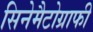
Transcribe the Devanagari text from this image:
सिनेमैटोग्राफी